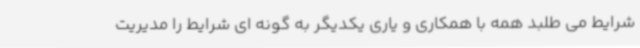
شرایط می طلبد همه با همکاری و یاری یکدیگر به گونه ای شرایط را مدیریت